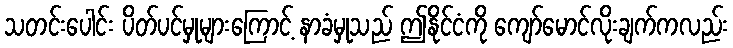
သတင်းပေါင်း ပိတ်ပင်မှုများကြောင့် နာခံမှုသည် ဤနိုင်ငံကို ကျော်မောင်လိုးချက်ကလည်း